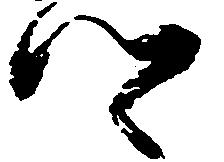
郷